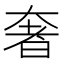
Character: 奢